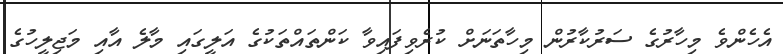
އެހެންވެ މިހާރުގެ ސަރުކާރުން މިހާތަނަށް ކުރެވިފައިވާ ކަންތައްތަކުގެ އަލީގައި މާލެ އާއި މަޖިލީހުގެ